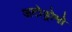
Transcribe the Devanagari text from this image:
अटोड्रोमो